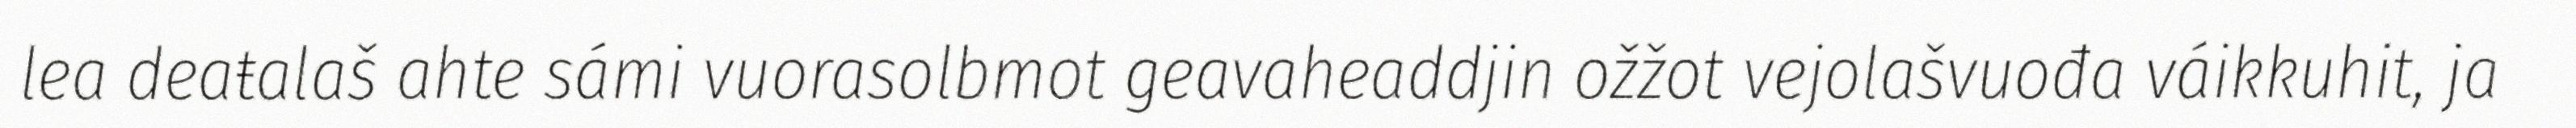
lea deaŧalaš ahte sámi vuorasolbmot geavaheaddjin ožžot vejolašvuođa váikkuhit, ja